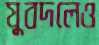
যুবদলেও